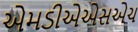
એમડીએએસએચ